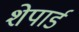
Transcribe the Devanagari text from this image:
शेपार्ड